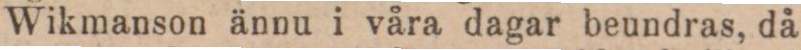
Wikmanson ännu i våra dagar beundras, då